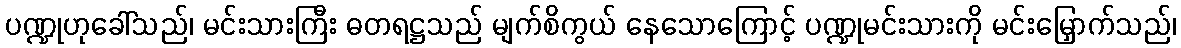
ပဏ္ဍုဟုခေါ်သည်၊ မင်းသားကြီး ဓတရဋ္ဌသည် မျက်စိကွယ် နေသောကြောင့် ပဏ္ဍုမင်းသားကို မင်းမြှောက်သည်၊